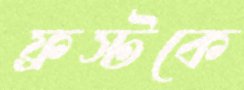
ফ্রস্টকে